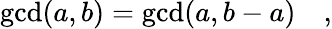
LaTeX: \operatorname*{gcd}(a,b)=\operatorname*{gcd}(a,b-a)\quad,